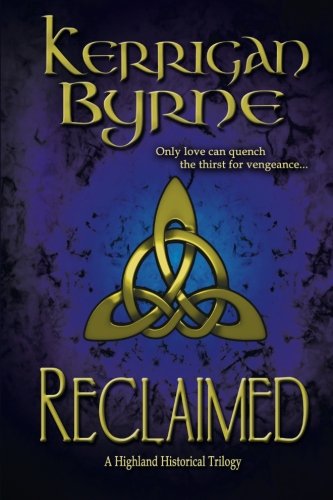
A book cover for Reclaimed: A Highland Historical Trilogy (Volume 2); Kerrigan Byrne; Romance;